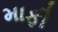
માફી